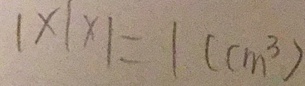
1 \times 1 \times 1 = 1 ( c m ^ { 3 } )